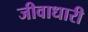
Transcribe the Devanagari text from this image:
जीवाधारी